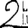
Digit: 2